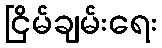
ငြိမ်ချမ်းရေး